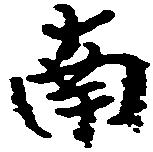
南